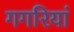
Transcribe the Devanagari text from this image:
गगरियां